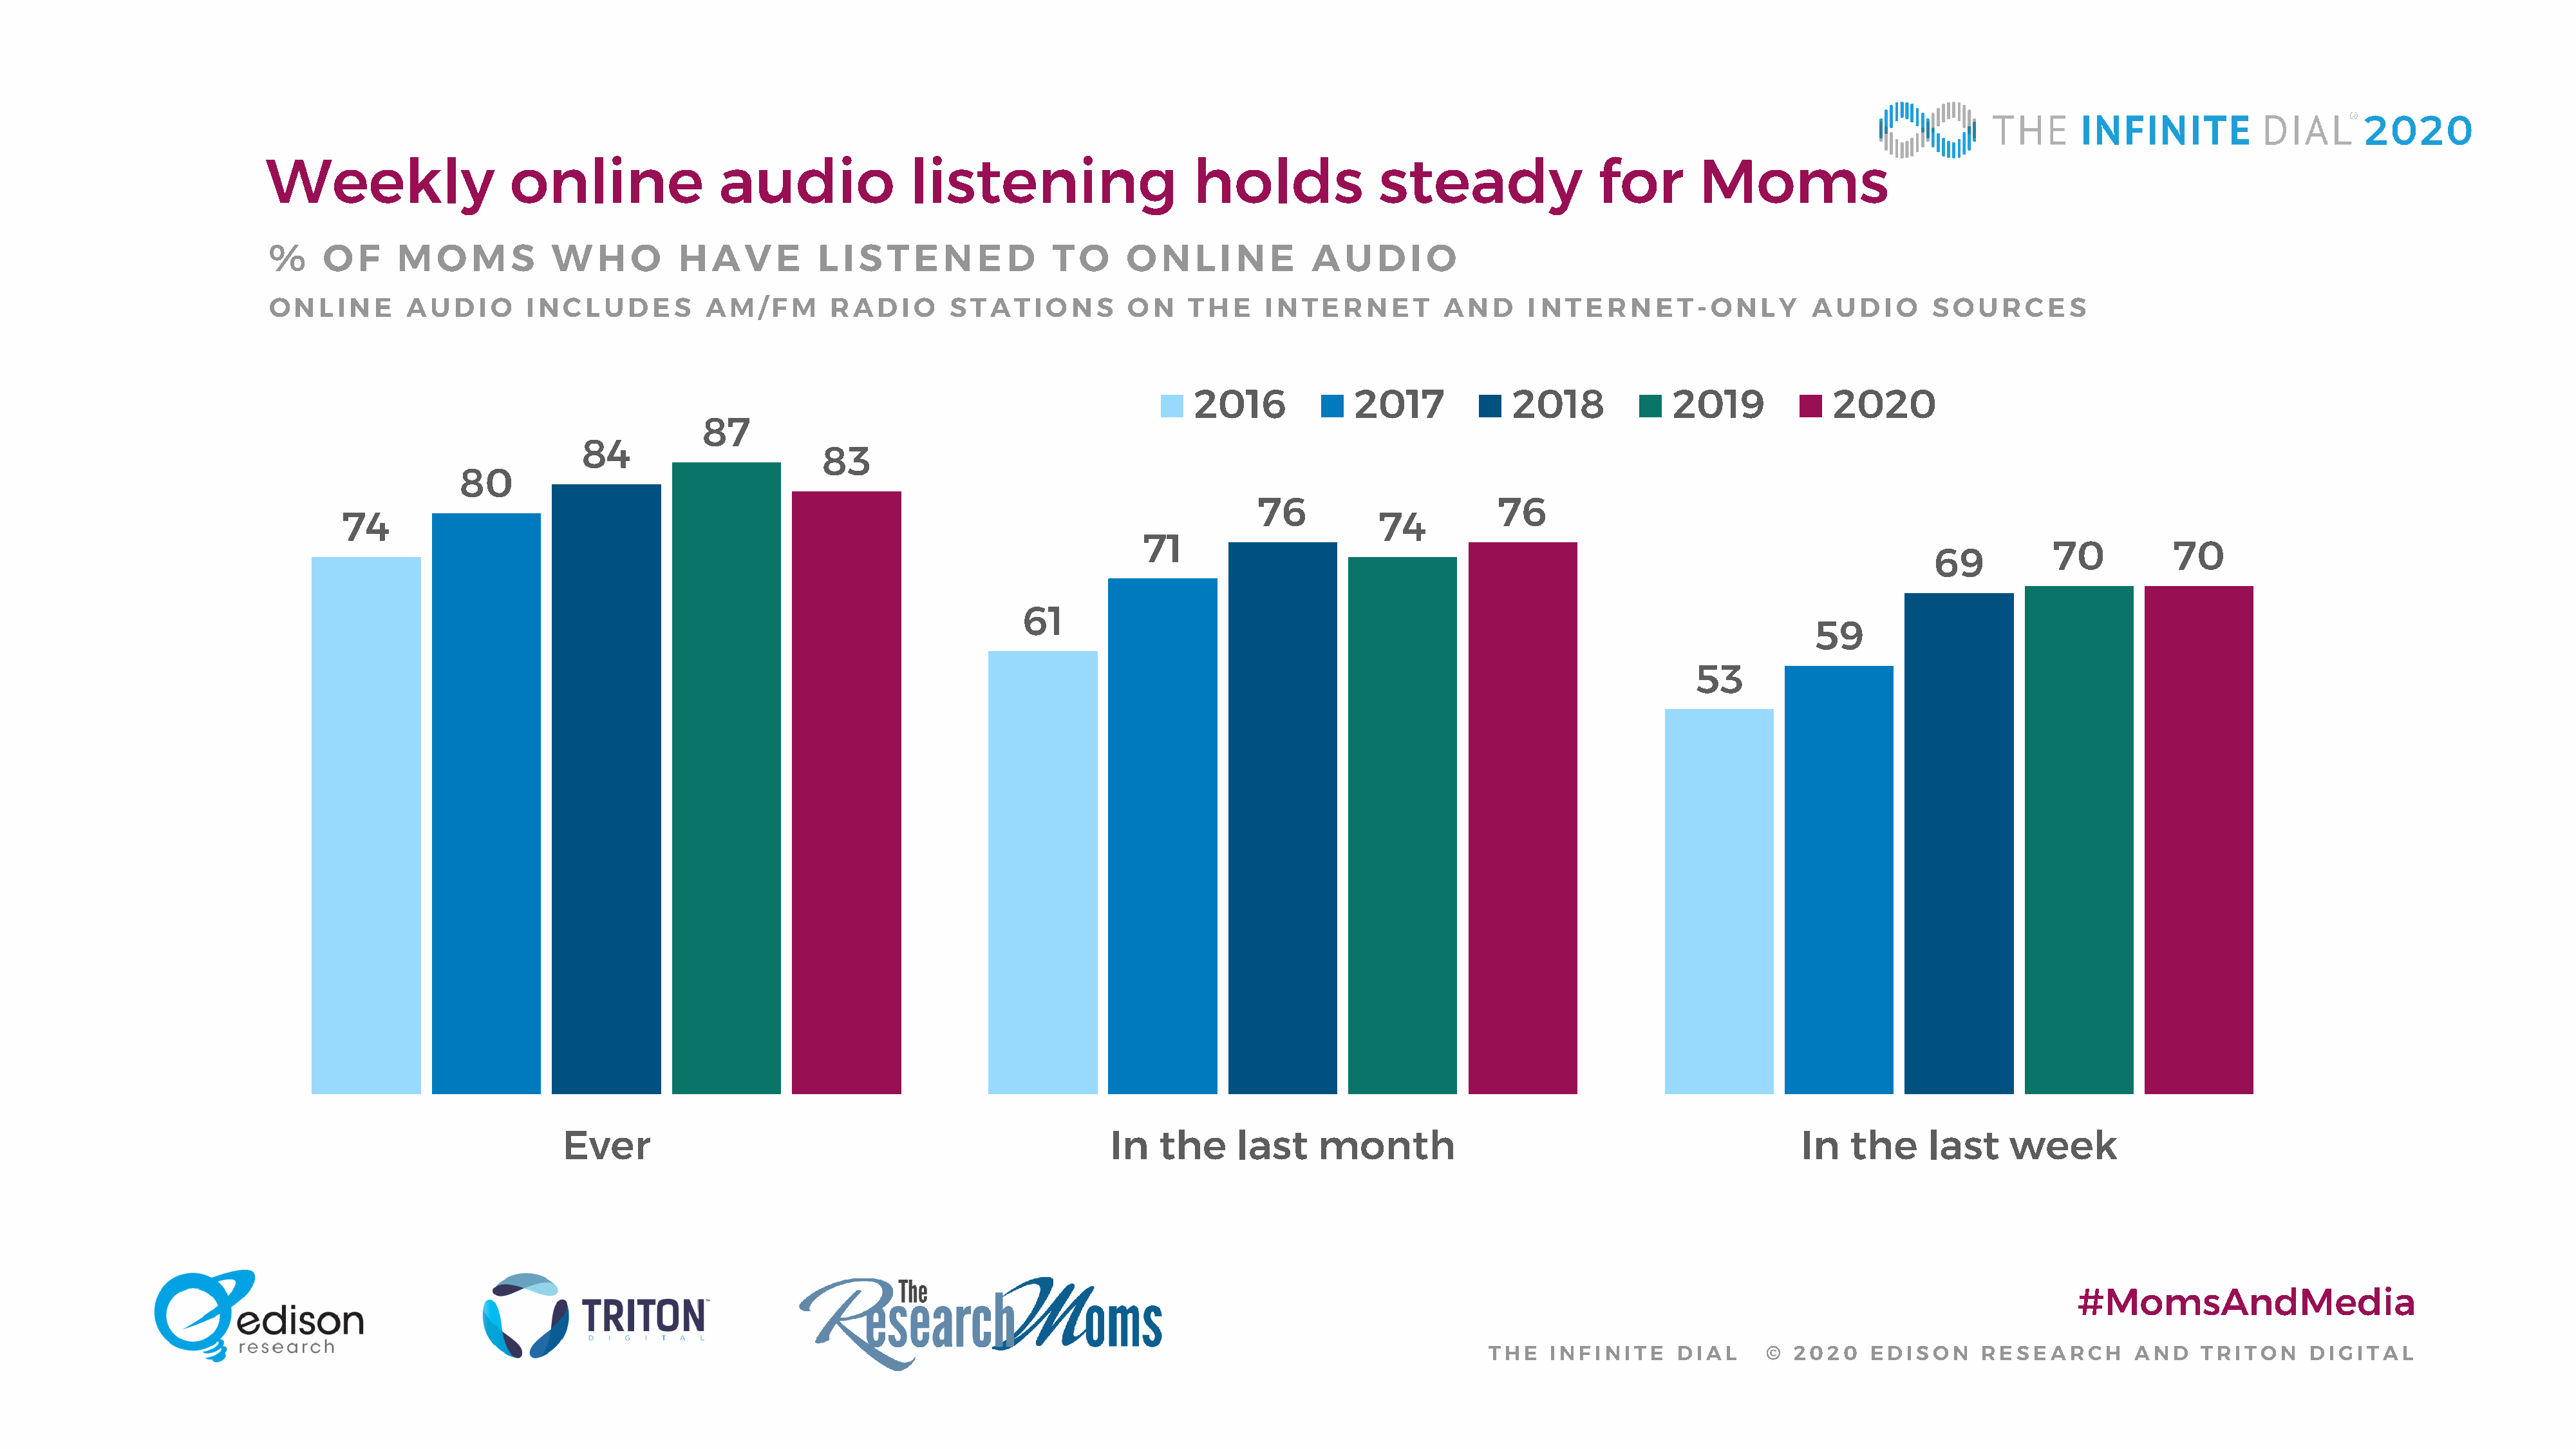
Weekly                   online                audio               listening                    holds              steady                for        Moms
 %    O   F   M   O  M    S   W   H   O    H  A   V  E   L  I S T  E  N  E  D    T  O    O  N   L I N   E   A  U   D  I O
 ONLINE        AUDIO       INCLUDES           AM/FM       RADIO        STATIONS          ON    THE     INTERNET          AND      I NTERNET-ONLY               AUDIO        SOURCES
 2016            2017            2018             2019            2020
 87
 84
 83
 80
 76                       76
 74                                                                                                         74
 71
 70          70
 69
 61
 59
 53
 Ever                                                    In   the     last    month                                             In   the     last     week
 #MomsAndMedia
 THE   INFINITE     DIAL      © 2020    EDISON      RESEARCH       AND    TRITON     DIGITAL